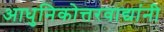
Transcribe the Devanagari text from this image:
आधुनिकोत्तरवाद्यांनी